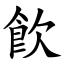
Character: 飮